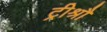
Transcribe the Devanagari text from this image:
ट्रीश्रौ